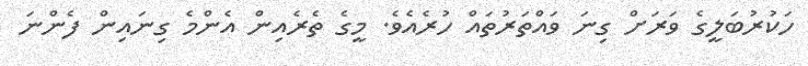
ހަކުރުބަލީގެ ވަރަށް ގިނަ ވައްތަރުތައް ހުރެއެވެ. މީގެ ތެރެއިން އެންމެ ގިނައިން ފެންނަ